Annual report on vaccination in Mysore, 1879-1880 - 1879-1880
Year: 1879
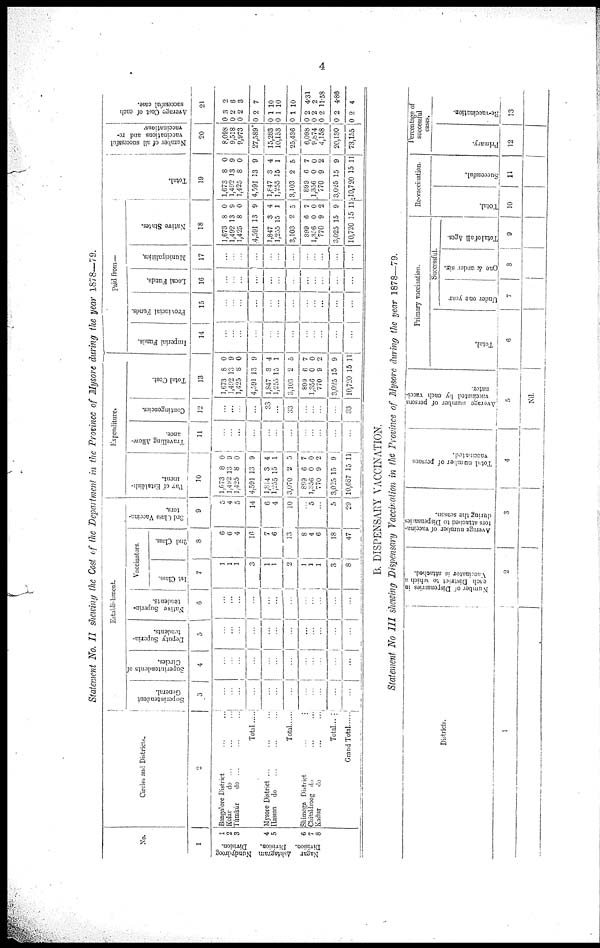
4
Statement No. II shewing the Cost of the Department in the Province of Mysore during the year 1878—79.
No.
1
Nundydroog
Division.
Ashtagram
Division.
Nagar
Division
1
2
3
4
5
6
7
8
Circles and Districts.
2
Bangalore District ... ...
Kolar
do ... ... ...
Túmkúr
do ... ... ...
Total ......
Mysore District ... ... ...
Hassan do ... ... ...
Total ...
Shimoga District
...
...
Chitaldroog do ... ...
Kadur
do ... ...
Total...
Grand Total
Establishment.
Superintendent
General.
3
...
...
...
...
...
...
...
...
...
...
...
...
Superintendents of
Circles.
4
...
...
...
...
...
...
...
...
...
...
...
...
Deputy Superin-
tendents.
5
...
...
...
...
...
...
...
...
...
...
...
...
Native Superin-
tendents.
6
...
...
...
...
...
...
...
...
...
...
...
...
Vaccinators.
1st Class.
7
1
1
1
3
1
1
2
1
1
1
3
8
2nd Class.
8
6
6
4
16
7
6
13
8
4
6
18
47
3rd Class Vaccina¬
tors.
9
5
4
5
14
6
4
10
...
5
...
5
29
Expenditure.
Pay of Establish¬
ment.
10
1,673
1,492
1,425
4,591
1,814
1,255
3,070
899
1,356
770
3,025
10,687
8
13
8
13
3
15
2
6
0
9
15
15
0
9
0
9
4
1
5
7
0
2
9
11
Travelling Allow-
ance.
11
...
...
...
...
...
...
...
...
...
...
...
...
Contingencies.
12
...
...
...
...
33
33
...
...
...
...
33
Total Cost.
13
1,673
1,492
1,425
4,591
1,847
1,255
3,103
899
1,356
770
3,025
10,720
8
13
8
13
3
15
2
6
0
9
15
15
0
9
0
9
4
1
5
7
0
2
9
11
Paid from—
Imperial Funds.
14
...
...
...
...
...
...
...
...
...
...
...
...
Provincial Funds.
15
...
...
...
...
...
...
...
...
...
...
...
...
Local Funds.
16
...
...
...
...
...
...
...
...
...
...
...
...
Municipalities.
17
...
...
...
...
...
...
...
...
...
...
...
...
Native States.
18
1,673
1,492
1,425
4,591
1,847
1,255
3,103
899
1,356
770
3,025
10,720
8
13
8
13
8
15
2
6
0
9
15
15
0
9
0
9
4
1
5
7
0
2
9
11
Total.
19
1,673
1,492
1,425
4,591
1,847
1,255
3,103
899
1,356
770
3,025
10,720
8
13
8
13
3
15
2
6
0
9
15
15
0
9
0
9
4
1
5
7
0
2
9
11
Number of all successful
vaccinations and re¬
vaccinations.
20
8,098
9,518
9,973
27,589
15,283
10,153
25,436
6,098
9,874
4,158
20,130
73,155
Average Cost of each
successful case.
21
0
0
0
0
0
0
0
0
0
0
0
0
3
2
2
2
1
1
1
2
2
2
2
2
2
6
3
7
10
10
10
4.31
2
11.58
4.86
4
B. DISPENSARY VACCINATION.
Statement No III shewing Dispensary Vaccination in the Province of Mysore during the year 1878—79.
Districts.
1
Number of Dispensaries in
each District to which a
Vaccinator is attached.
2
Average number of vaccina-
tors attached to Dispensaries
during the season.
3
Total number of persons
vaccinated.
4
Average number of persons
vaccinated by each vacci¬
nator.
5
Nil.
Primary vaccination.
Total.
6
Successful.
Under one year
7
One & under six.
8
Total
of all Ages.
9
Re-vaccination.
Total.
10
Successful.
11
Percentage of
successful
cases.
Pimary.
12
Re-vaccination.
13